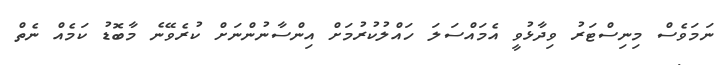
ނަމަވެސް މިނިސްޓަރު ވިދާޅުވީ އެމައްސަލަ ހައްލުކުރުމަށް އިންސާނުންނަށް ކުރެވޭނެ މާބޮޑު ކަމެއް ނެތް